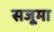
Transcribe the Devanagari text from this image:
सजूमा